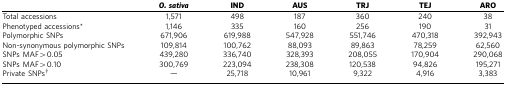
<table><thead><tr><td><b> </b></td><td><b><i>O. sativa</i></b></td><td><b>IND</b></td><td><b>AUS</b></td><td><b>TRJ</b></td><td><b>TEJ</b></td><td><b>ARO</b></td></tr></thead><tbody><tr><td>Total accessions</td><td>1,571</td><td>498</td><td>187</td><td>360</td><td>240</td><td>38</td></tr><tr><td>Phenotyped accessions*</td><td>1,146</td><td>335</td><td>160</td><td>256</td><td>190</td><td>31</td></tr><tr><td>Polymorphic SNPs</td><td>671,906</td><td>619,988</td><td>547,928</td><td>551,746</td><td>470,318</td><td>392,943</td></tr><tr><td>Non-synonymous polymorphic SNPs</td><td>109,814</td><td>100,762</td><td>88,093</td><td>89,863</td><td>78,259</td><td>62,560</td></tr><tr><td>SNPs MAF&gt;0.05</td><td>439,280</td><td>336,740</td><td>328,393</td><td>208,055</td><td>170,904</td><td>290,068</td></tr><tr><td>SNPs MAF&gt;0.10</td><td>300,769</td><td>223,094</td><td>238,308</td><td>120,538</td><td>94,826</td><td>195,271</td></tr><tr><td>Private SNPs†</td><td>—</td><td>25,718</td><td>10,961</td><td>9,322</td><td>4,916</td><td>3,383</td></tr></tbody></table>